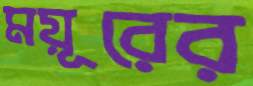
ময়ূরের